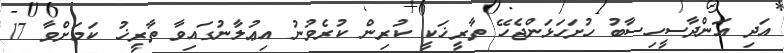
އަދި އަންދާސީހިސާބު ހުށަހަޅަންޖެހޭ ތާރީޚަކީ ކުރިން ކުރެވުނު އިޢުލާނުގައިވާ ތާރީޚު ކަމަށްވާ 17